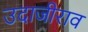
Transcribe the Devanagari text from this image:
उदाजीराव